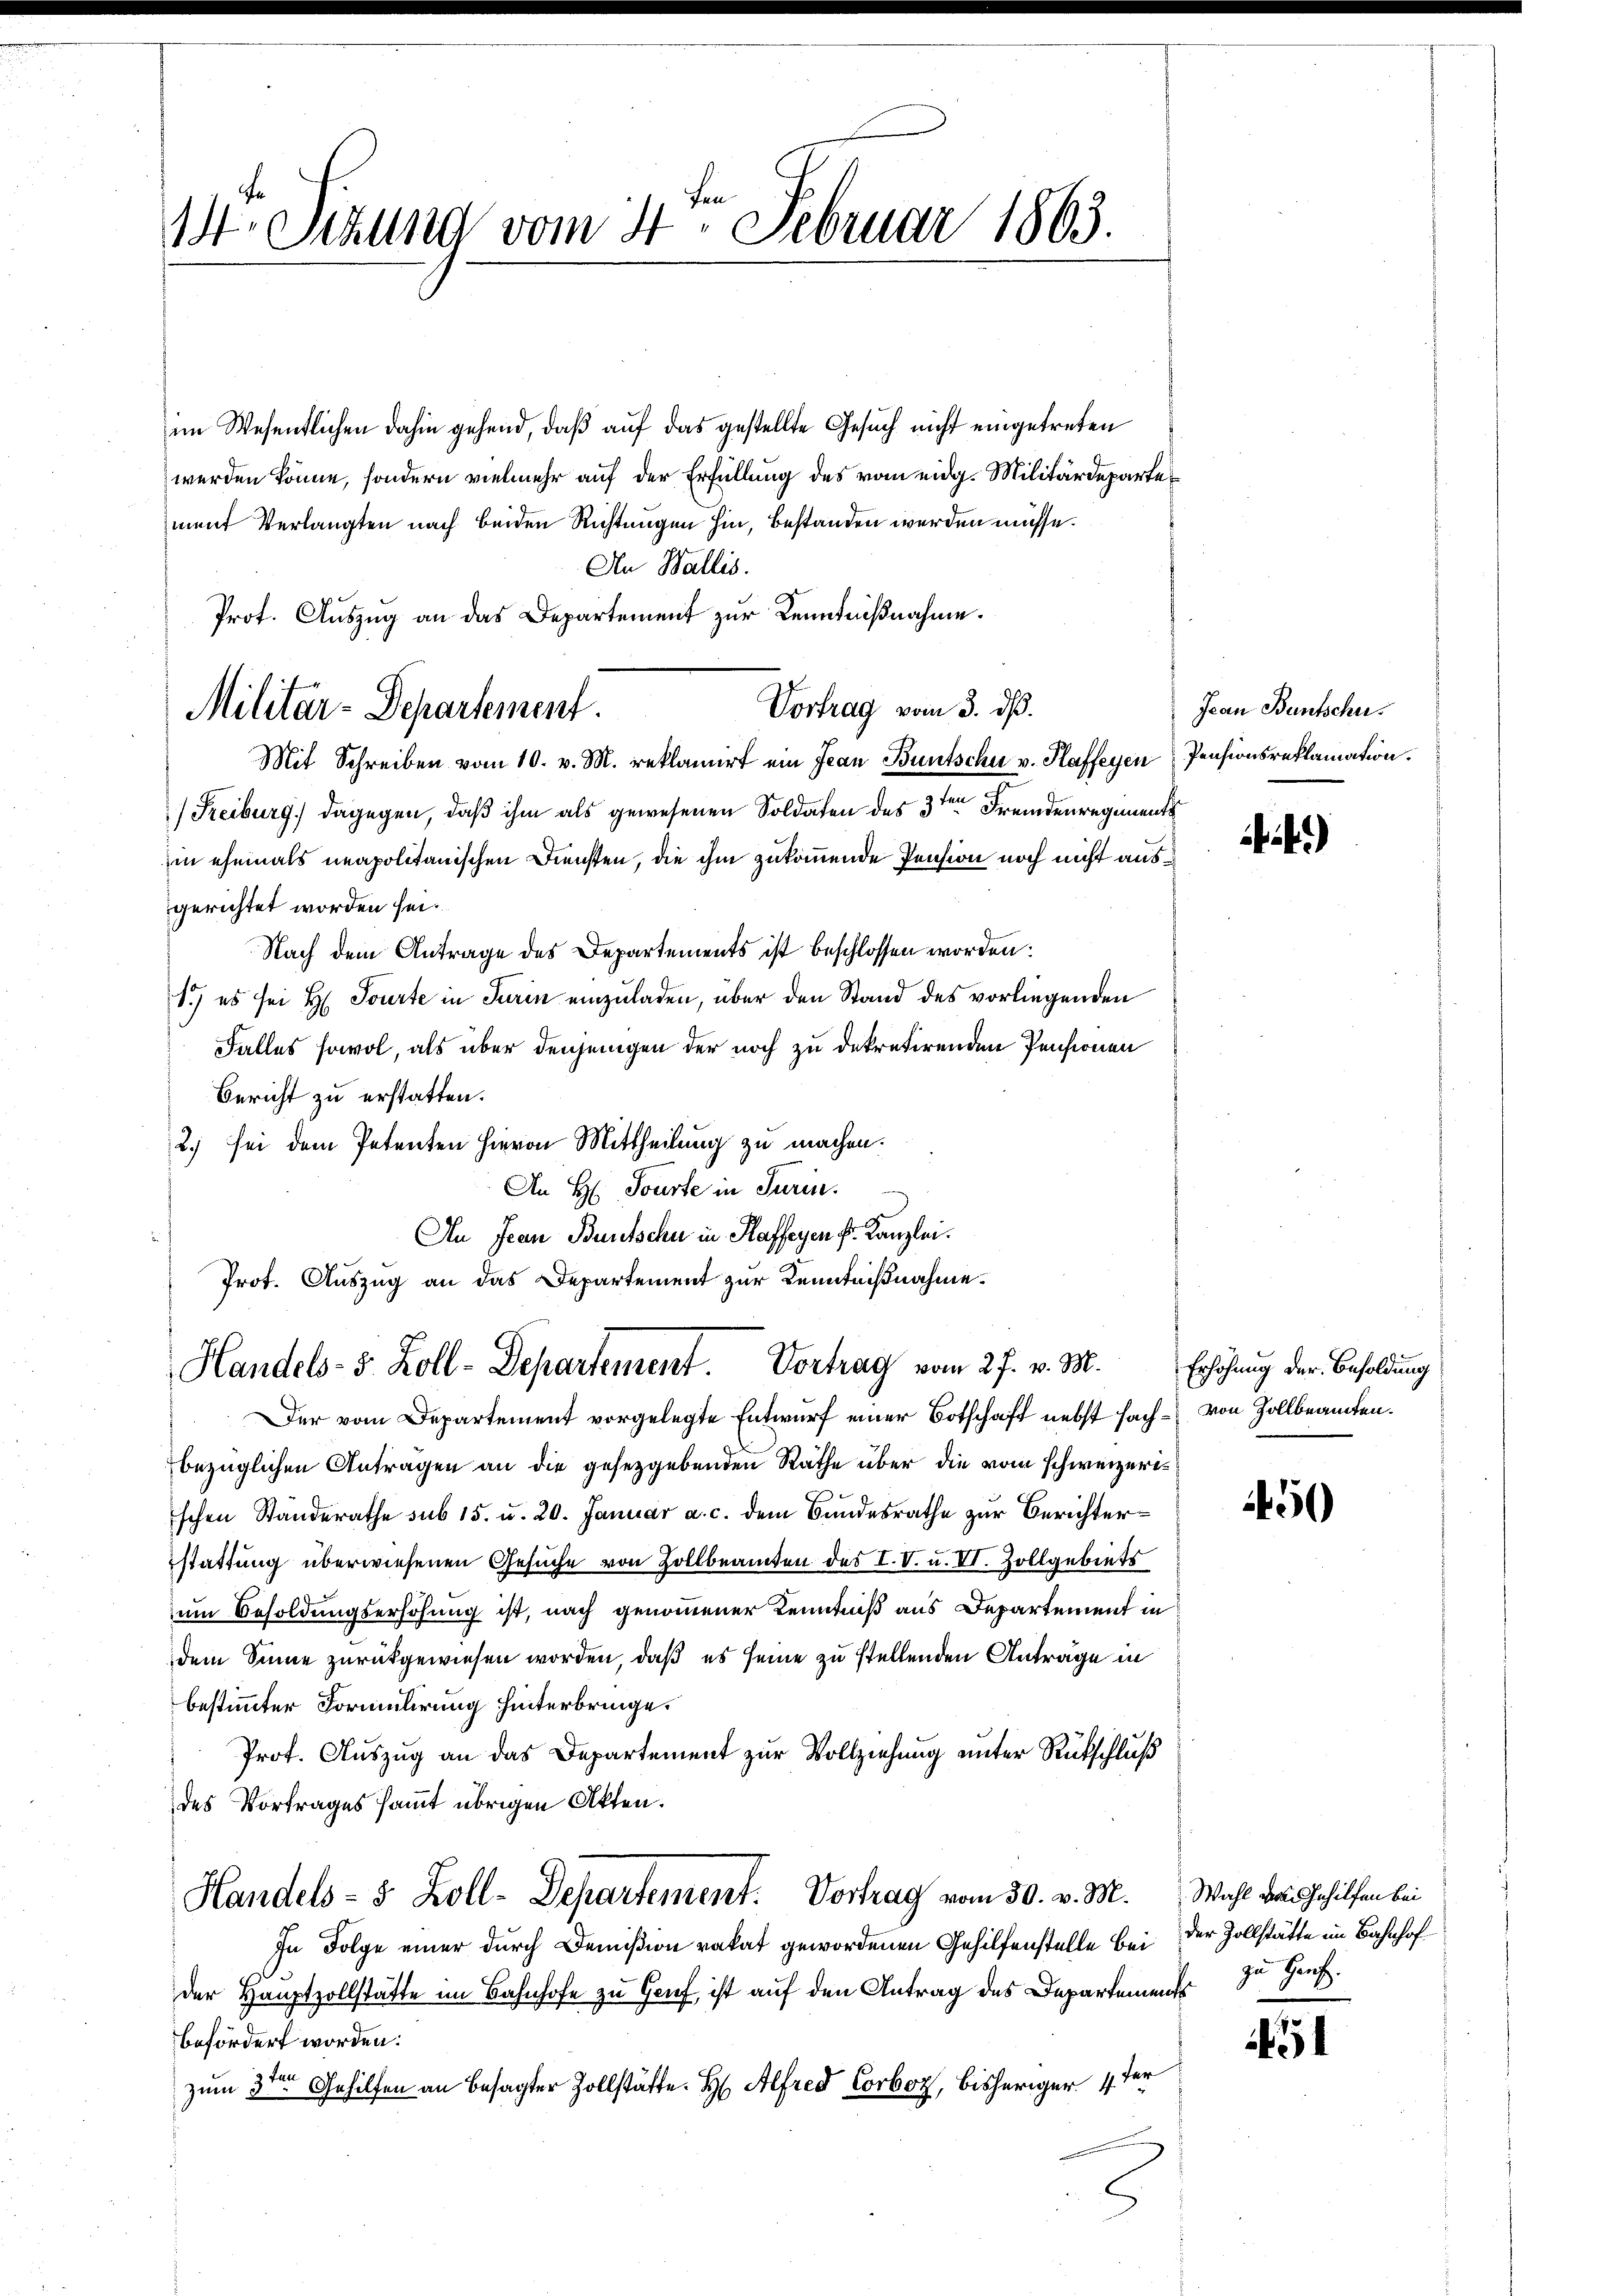
1r Sitzung vom 4ten Februar 1863.

im Wesentlichen dahin gehend, daß auf das gestellte Gesuch nicht eingetreten
werden könne, sondern vielmehr auf der Erfüllung des vom eidg. Militärdeparte
ment Verlangten nach beiden Richtungen hin, bestanden werden müsse.
An Wallis.
Vortrag vom 3. ds.
Mit Schreiben vom 10. v. M. reklamiert ein Jean Buntschu v. Haffeyen
(Freiburg, dagegen, daß ihm als gewesenen Soldaten des 3ten Fremdenregiments
hin ehemals neapolitanischen Diensten, die ihm zukommende Pension noch nicht ausgerichtet worden sei.
Nach dem Antrage des Departements ist beschlossen worden.
1.) es sei H. Tourte in Turin einzuladen, über den Stand des vorliegenden
Falles sowol, als über denjenigen der noch zu dekretirenden Pensionen
Bericht zu erstatten.
2) sei dem Petenten hievon Mittheilung zu machen.
An H. Tourte in Turin.
An Jean Buntschen in Haffeyen pr. Kanzlei.
Prot. Auszug an das Departement zur Kenntnißnahme.
Handels- 5. Koll-Departement. Vortrag vom 27. v. M.
Der vom Departement vorgelegte Entwurf einer Botschaft nebst fach - von Zollbeamten.
bezüglichen Antragen an die gesetzgebenden Räthe über die vom schweizeris
schen Standerathe sub 15. u. 20. Januar a. c. dem Bundesrathe zur Berichterstattung überwiesenen Gesuche von Zollbeamten des I. V. u. II. Zollgebiets
um Besoldungserhöhung ist, nach genommener Kenntniß aus Departement in
dem Sinne zurückgewiesen worden, daß es seine zu stellenden Anträge in
bestimmter Formulirung hinterbringe.
Prof. Auszug an das Departement zur Vollziehung unter Rückschluß
des Vortrages sammt übrigen Akten.
Handels- 5 Zoll-Departement. Vortrag vom 30. v. M.
In Folge einer durch Demißion vakat gewordenen Gehilfenstelle bei der Zollstätte im Bahnhofder Hauptzollstätte im Bahnhofe zu Genf, ist auf den Antrag des Departements
befördert worden:
zum 3ten Gehilfen an besagter Zollstätte. H Alfred Corboz, bisheriger 4ter

Prof. Auszug an das Departement zur Kenntnißnahme.
Militar-Departement.

Jean Bantschu
Pensionsreklamation.

)

Erhöhung der Besoldung

450

451

Wahl von Gehilfen bei
zu Genf.